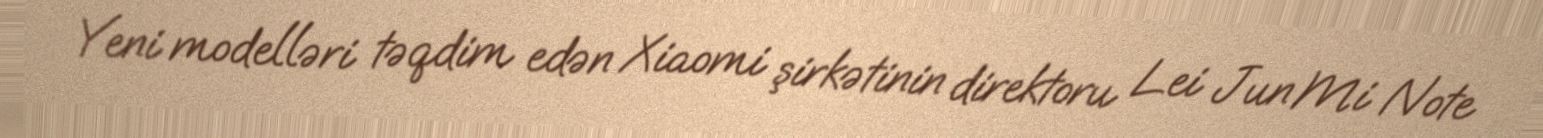
Yeni modelləri təqdim edən Xiaomi şirkətinin direktoru Lei Jun Mi Note